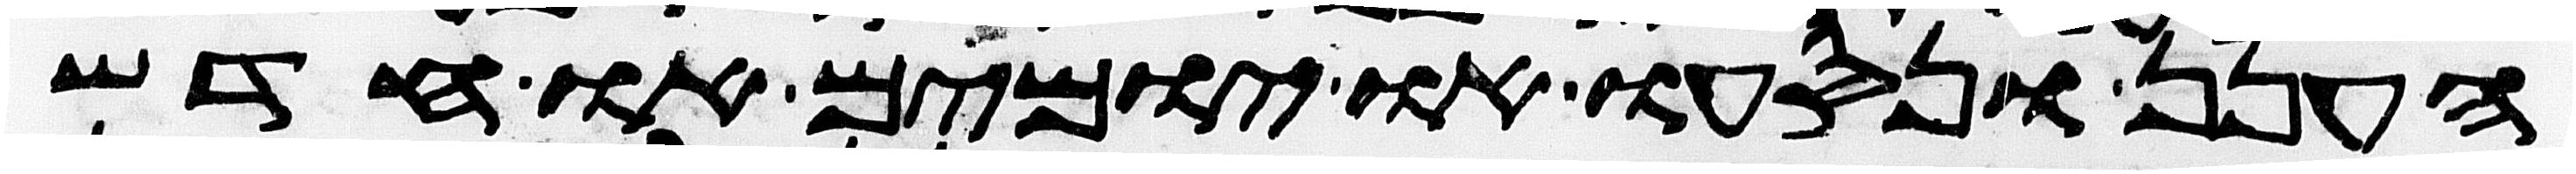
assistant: הענן ונסעו או יומים או חדש